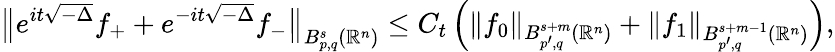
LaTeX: \big\Vert e^{it\sqrt{-\Delta}}f_{+}+e^{-it\sqrt{-\Delta}}f_{-}\big\Vert_{B_{p,q}^{s}(\mathbb{R}^{n})}\leq C_{t}\left(\Vert f_{0}\Vert_{B_{p^{\prime},q}^{s+m}(\mathbb{R}^{n})}+\Vert f_{1}\Vert_{B_{p^{\prime},q}^{s+m-1}(\mathbb{R}^{n})}\right),